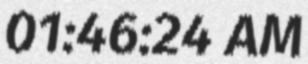
01:46:24 AM